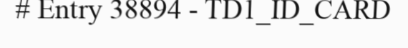
# Entry 38894 - TD1_ID_CARD